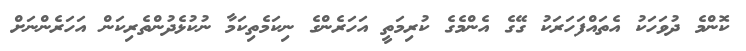
ކޮންމެ ދުވަހަކު އެތައްފަހަރަކު ގޭގެ އެންމެގެ ކުރިމަތީ އަހަރެންގެ ނިކަމެތިކަމާ ނުކުޅެދުންތެރިކަން އަހަރެންނަށް